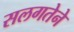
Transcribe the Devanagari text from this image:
सलगतेने